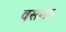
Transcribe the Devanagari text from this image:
वससव